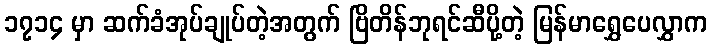
၁၇၁၄ မှာ ဆက်ခံအုပ်ချုပ်တဲ့အတွက် ဗြိတိန်ဘုရင်ဆီပို့တဲ့ မြန်မာရွှေပေလွှာက